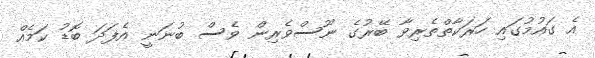
އެ ގައުމުގައި ހަރަކާތްތެރިވާ ބޭރުގެ ނޫސްވެރިން ވެސް ބުނަނީ އެފަދަ ބޮޑު ކަމެއް